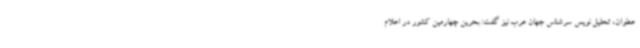
عطوان، تحلیل نویس سرشناس جهان عرب نیز گفت: بحرین چهارمین کشور در اعلام